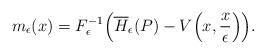
LaTeX: \begin{align*}m_\epsilon (x )=F^{-1}_\epsilon \Big(\overline{H}_\epsilon (P )-V \Big(x,\frac{x}{\epsilon} \Big) \Big). \end{align*}